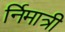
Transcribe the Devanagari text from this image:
र्निमात्री